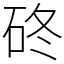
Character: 䂢